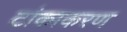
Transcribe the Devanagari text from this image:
टांकाकरण